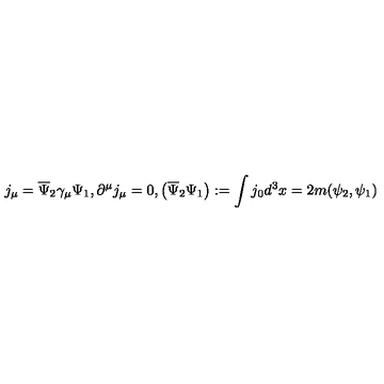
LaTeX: j _ { \mu } = \overline { { \Psi } } _ { 2 } \gamma _ { \mu } \Psi _ { 1 } , \partial ^ { \mu } j _ { \mu } = 0 , \left( \overline { { \Psi } } _ { 2 } \Psi _ { 1 } \right) : = \int j _ { 0 } d ^ { 3 } x = 2 m ( \psi _ { 2 } , \psi _ { 1 } ) \,